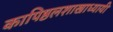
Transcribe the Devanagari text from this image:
कापिष्ठलशाखाध्यायी